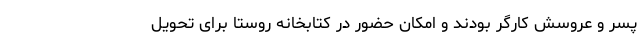
پسر و عروسش کارگر بودند و امکان حضور در کتابخانه روستا برای تحویل